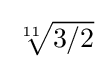
{\textstyle {\sqrt[{11}]{3/2}}}